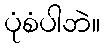
ပုံစံပါဘဲ။